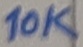
Text: 10K